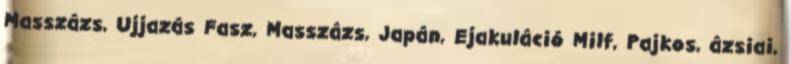
Masszázs, Ujjazás Fasz, Masszázs, Japán, Ejakuláció Milf, Pajkos, ázsiai,